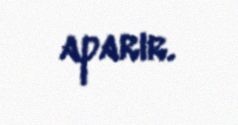
aparır.